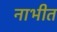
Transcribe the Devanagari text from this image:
नाभीत